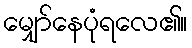
မျှော်နေပုံရလေ၏။